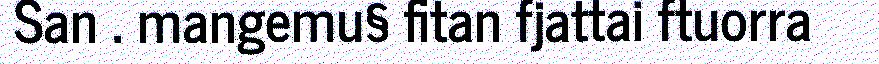
San . mangemu§ fitan fjattai ftuorra